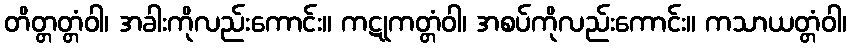
တိတ္တတ္တံဝါ၊ အခါးကိုလည်းကောင်း။ ကဋုကတ္တံဝါ၊ အစပ်ကိုလည်းကောင်း။ ကသာယတ္တံဝါ၊